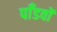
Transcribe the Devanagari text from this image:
पाँडवों